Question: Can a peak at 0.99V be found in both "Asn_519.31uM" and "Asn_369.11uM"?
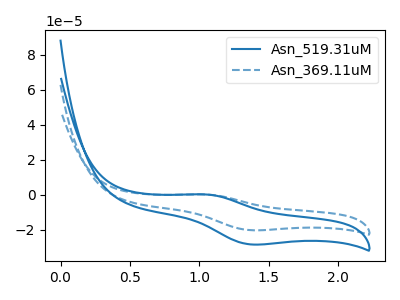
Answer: <think>The blue curve "Asn_519.31uM" has an anodic peak at (1.05V, 0.20uA) and a cathodic peak at (1.35V, -28.40uA). The blue dashed curve "Asn_369.11uM" has an anodic peak at (1.05V, 0.15uA) and a cathodic peak at (1.35V, -20.25uA).</think>
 <answer>No, "Asn_519.31uM" and "Asn_369.11uM" dont share a peak at 0.99V.</answer>
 <eval>mismatch</eval>